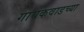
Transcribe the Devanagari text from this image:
गायकवाडच्या